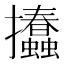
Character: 𢺨